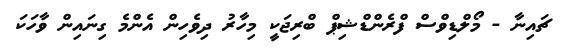
ޗައިނާ - މޯލްޑިވްސް ފްރެންޑްޝިޕް ބްރިޖަކީ މިހާރު ދިވެހިން އެންމެ ގިނައިން ވާހަކަ